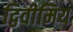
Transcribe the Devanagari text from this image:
द्विवीमिय